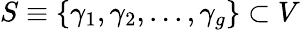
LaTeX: S\equiv\{ \gamma_{1},\gamma_{2},...,\gamma_{g}\} \subset V